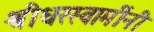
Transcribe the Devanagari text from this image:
श्रीधरस्वामींनी